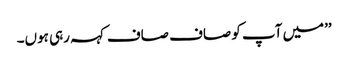
’’میں آپ کو صاف صاف کہہ رہی ہوں۔